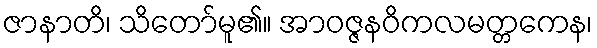
ဇာနာတိ၊ သိတော်မူ၏။ အာဝဇ္ဇနဝိကလမတ္တကေန၊